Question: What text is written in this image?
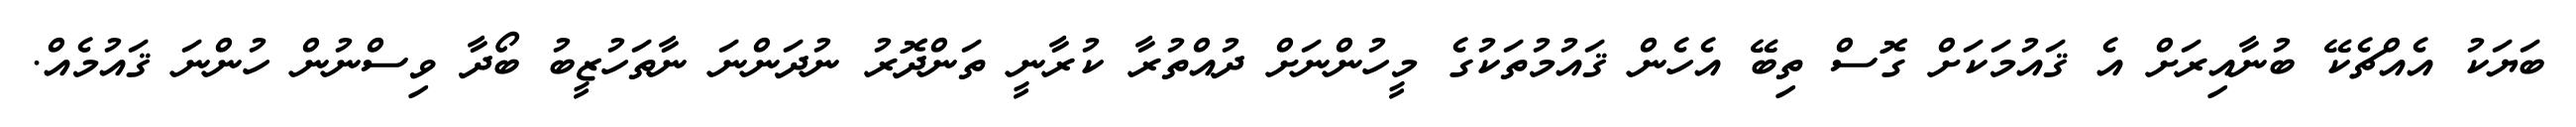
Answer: ބަޔަކު އެއްޗެކޭ ބުނާއިރަށް އެ ޤައުމަކަށް ގޮސް ތިބޭ އެހެން ޤައުމުތަކުގެ މީހުންނަށް ދުއްތުރާ ކުރާނީ ތަންދޮރު ނުދަންނަ ނާތަހުޒީބު ބޯދާ ވިސްނުން ހުންނަ ޤައުމެއް.